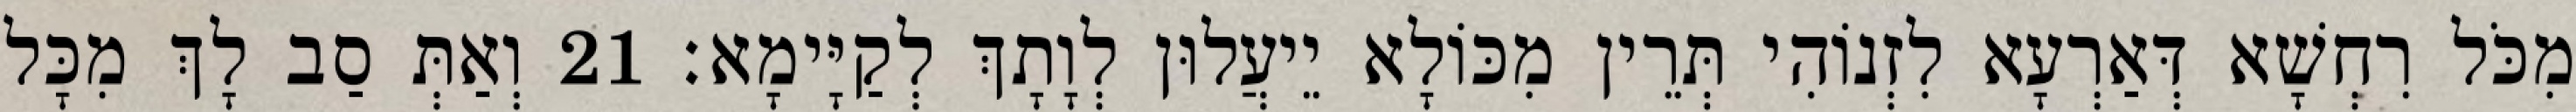
מִכֹּל רִחְשָׁא דְּאַרְעָא לִזְנוֹהִי תְּרֵין מִכּוֹלָא יֵיעֲלוּן לְוָתָךְ לְקַיָּימָא׃ 21 וְאַתְּ סַב לָךְ מִכָּל